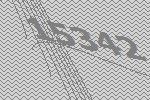
15342